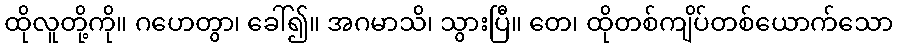
ထိုလူတို့ကို။ ဂဟေတွာ၊ ခေါ်၍။ အဂမာသိ၊ သွားပြီ။ တေ၊ ထိုတစ်ကျိပ်တစ်ယောက်သော